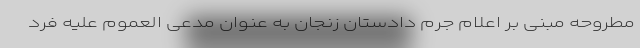
مطروحه مبنی بر اعلام جرم دادستان زنجان به عنوان مدعی العموم علیه فرد